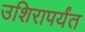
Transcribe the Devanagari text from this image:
उशिरापर्यंत